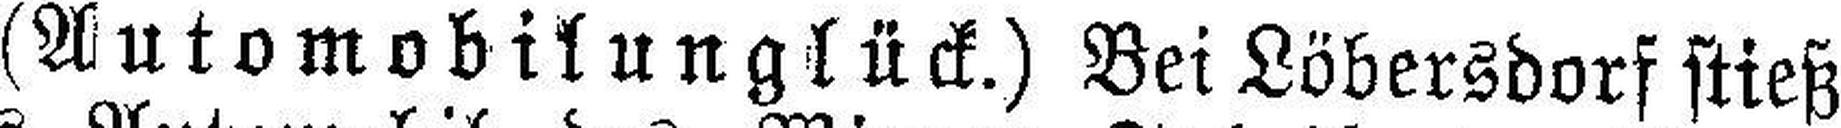
(Automobilunglück.) Bei Löbersdorf stieß